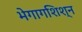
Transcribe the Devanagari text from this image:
भेगागशिश्न